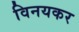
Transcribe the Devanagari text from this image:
विनयकर